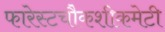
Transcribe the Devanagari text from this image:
फारेस्टचौकशीकमेटी